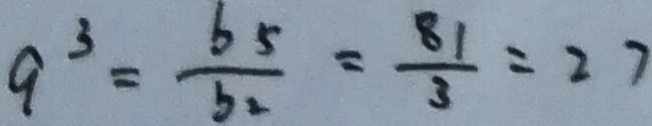
9 ^ { 3 } = \frac { b 5 } { b _ { 2 } } = \frac { 8 1 } { 3 } = 2 7